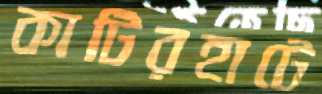
কাটিরহাটে